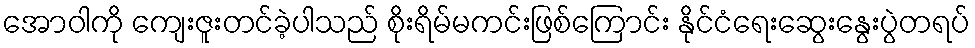
အောဝါကို ကျေးဇူးတင်ခဲ့ပါသည် စိုးရိမ်မကင်းဖြစ်ကြောင်း နိုင်ငံရေးဆွေးနွေးပွဲတရပ်